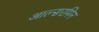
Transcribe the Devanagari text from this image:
आल्सरमिन